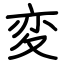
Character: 変